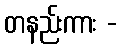
တနည်းကား -